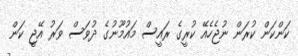
ކަންކަން ކުރަން ނުޖެހެއޭ ކުރީގެ ރައީސް މައުމޫނުގެ ދުވަސް ވަރު އޭޖީ ކަން